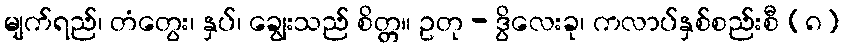
မျက်ရည်၊ တံတွေး၊ နှပ်၊ ချွေးသည် စိတ္တ။ ဥတု - ဒွိလေးခု၊ ကလာပ်နှစ်စည်းစီ (၈)